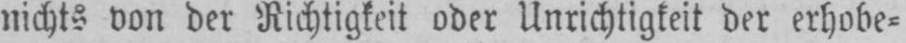
nichts von der Richtigkeit oder Unrichtigkeit der erhobe⸗